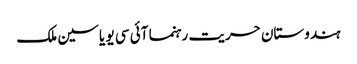
ہندوستان حریت رہنما آئی سی یو یاسین ملک